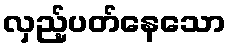
လှည့်ပတ်နေသော